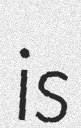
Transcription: is